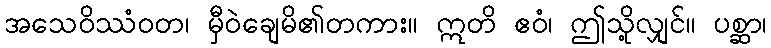
အသေဝိဿံဝတ၊ မှီဝဲချေမိ၏တကား။ ဣတိ ဧဝံ၊ ဤသို့လျှင်။ ပစ္ဆာ၊